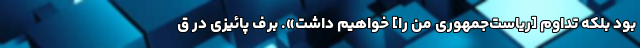
بود بلکه تداوم [ریاست‌جمهوری من را] خواهیم داشت». برف پائیزی در ق